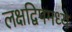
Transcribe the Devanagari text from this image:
लक्षद्विपमध्ये